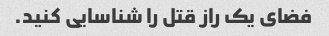
فضای یک راز قتل را شناسایی کنید.